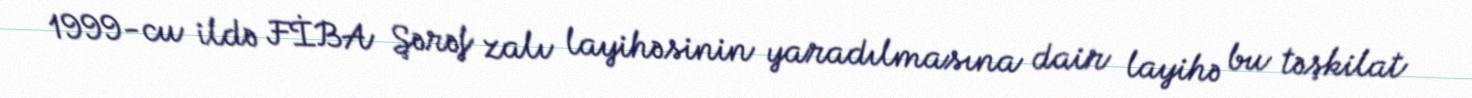
1999-cu ildə FİBA Şərəf zalı layihəsinin yaradılmasına dair layihə bu təşkilat